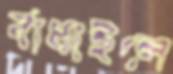
বাঁধাইলে